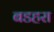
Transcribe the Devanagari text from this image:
बडहरा